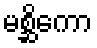
မစ္ဆိကော